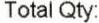
TOTAL QTY: